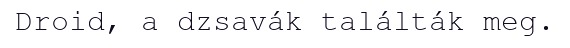
Droid, a dzsavák találták meg.